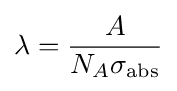
\lambda ={\frac {A}{N_{A}\sigma _{\mathrm {abs} }}}